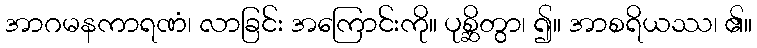
အာဂမနကာရဏံ၊ လာခြင်း အကြောင်းကို။ ပုစ္ဆိတွာ၊ ၍။ အာစရိယဿ၊ ၏။